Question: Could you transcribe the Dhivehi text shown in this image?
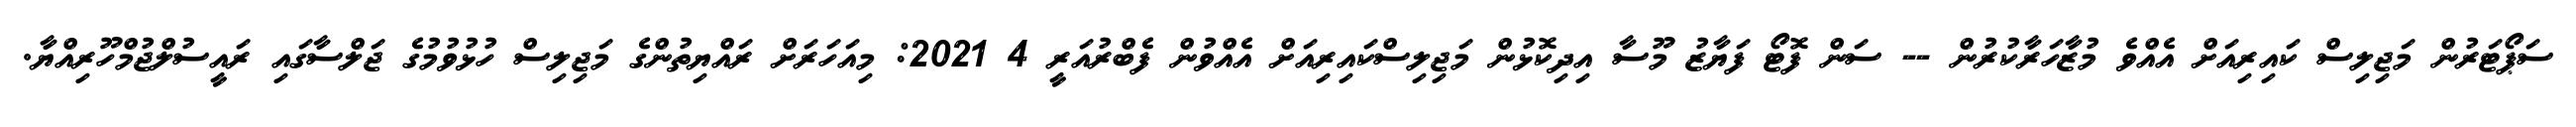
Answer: ސަޕޯޓަރުން މަޖިލިސް ކައިރިއަށް އެއްވެ މުޒާހަރާކުރުން -- ސަން ފޮޓޯ ފަޔާޒު މޫސާ އިދިކޮޅުން މަޖިލިސްކައިރިއަށް އެއްވުން ފެބްރުއަރީ 4 2021: މިއަހަރަށް ރައްޔިތުންގެ މަޖިލިސް ހުޅުވުމުގެ ޖަލްސާގައި ރައީސުލްޖުމްހޫރިއްޔާ.